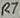
Text: R7